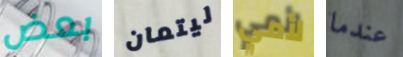
بعض ليتمان لأمي عندما